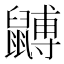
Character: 䶈